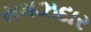
સમઝદાર